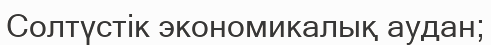
Солтүстік экономикалық аудан;